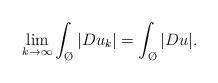
LaTeX: \begin{align*}\lim_{k \to \infty} \int_{\O}|Du_k| =\int_{\O}|Du|.\end{align*}